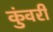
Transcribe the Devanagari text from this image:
कुंवरी